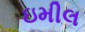
ઇમીલ